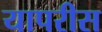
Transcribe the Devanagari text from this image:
यापरीस